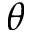
\theta